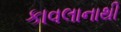
કાવલાનાથી